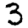
Digit: 3